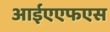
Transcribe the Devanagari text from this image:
आईएएफएस